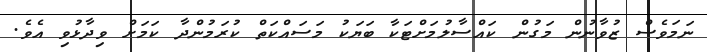
ނަމަވެސް ޒުވާނުން މަގުން ކައްސާލުމަށްޓަކާ ބަޔަކު މަސައްކަތް ކުރަމުންދާ ކަމަށް ވިދާޅުވި އެވެ.